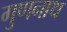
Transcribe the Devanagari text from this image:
गुणनाथ